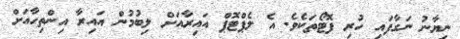
ނިޔާނު ނަގާފައި ހުރި ފޮޓޯތަކެވެ. އެ ލެޕްޓޮޕް އައިރާއަށް ލިބުމުން އައިރާ އިންތިހާއަށް